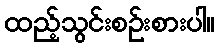
ထည့်သွင်းစဉ်းစားပါ။